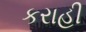
કરાહી